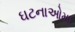
ઘટનાઓમા